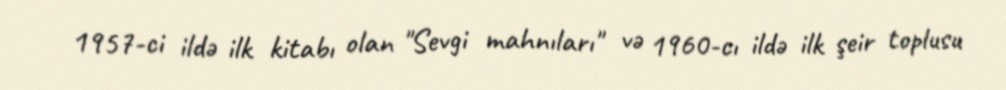
1957-ci ildə ilk kitabı olan "Sevgi mahnıları" və 1960-cı ildə ilk şeir toplusu